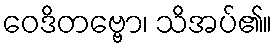
ဝေဒိတဗ္ဗော၊ သိအပ်၏။